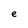
Character: e